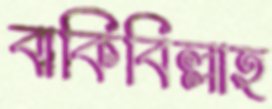
বাকিবিল্লাহ